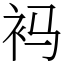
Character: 䘞